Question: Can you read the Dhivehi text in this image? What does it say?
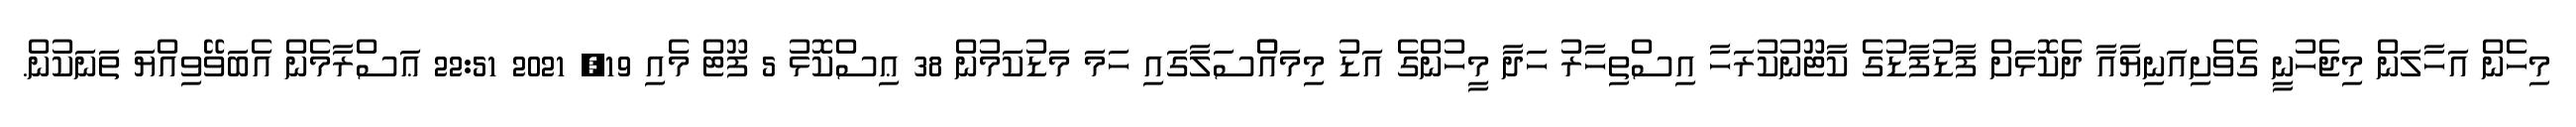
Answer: މިހެން އަހާލަން މިޖެހުނީ ގެވެށިއަނިޔާއާ ދެކޮޅަށް ފާޑުފާޑުގެ ކާޓޫނުކުރަހާ އިސްތިހާރު ހަދާ މީހުންގެ އަޑު މިމައްްސަލާގައި ހަމަ މަޑުކަމުން 38 ޢިސްކޮޅު 5 ފޫޓް މެއި 19, 2021 22:51 ޢަސްރާމެން އެބަވޭވިއްޔަ ތަނަކުން.